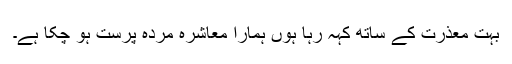
بہت معذرت کے ساتھ کہہ رہا ہوں ہمارا معاشرہ مردہ پرست ہو چکا ہے۔